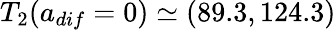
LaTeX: T_{2}(a_{dif}=0)\simeq(89.3,124.3)